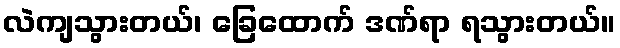
လဲကျသွားတယ်၊ ခြေထောက် ဒဏ်ရာ ရသွားတယ်။